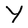
Character: Y